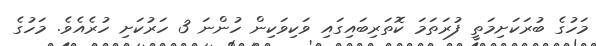
މަހުގެ ބުރަކަށިމަތީ ފުރަތަމަ ކޮތަރިބައިގައި ވަކިވަކިން ހުންނަ 3 ހަރުކަށި ހުރެއެވެ. މަހުގެ